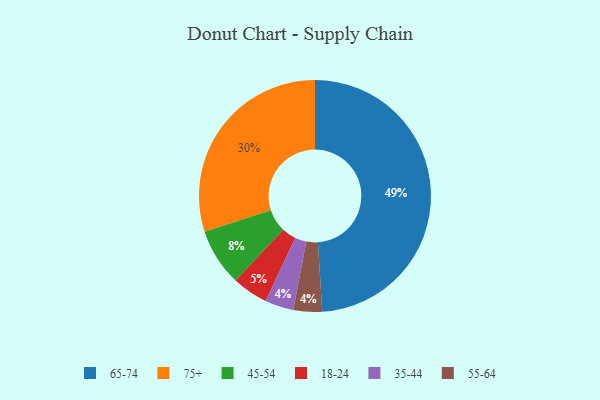
{"axis": {"x": "Category", "y": "Percentage"}, "legend": ["18-24", "35-44", "45-54", "55-64", "65-74", "75+"], "data": [{"x": "35-44", "y": 4, "type": "35-44"}, {"x": "55-64", "y": 4, "type": "55-64"}, {"x": "65-74", "y": 49, "type": "65-74"}, {"x": "18-24", "y": 5, "type": "18-24"}, {"x": "45-54", "y": 8, "type": "45-54"}, {"x": "75+", "y": 30, "type": "75+"}]}